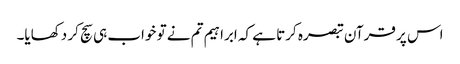
اس پر قرآن تبصرہ کرتا ہے کہ ابراہیم تم نے تو خواب ہی سچ کر دکھایا۔